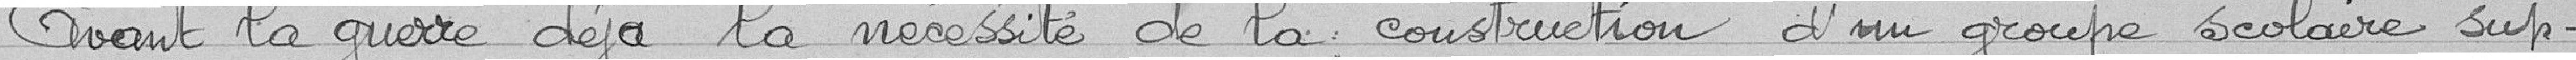
Avant la guerre, déjà, la nécessité de la construction d'un groupe scolaire sup-